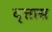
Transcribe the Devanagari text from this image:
वृत्तास